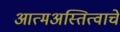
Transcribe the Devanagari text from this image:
आत्मअस्तित्वाचे